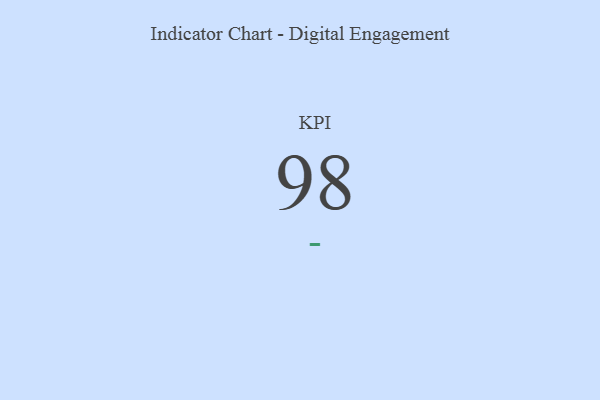
{"axis": {"x": "KPI", "y": "Value"}, "legend": [""], "data": [{"x": "KPI", "y": 98, "type": ""}]}